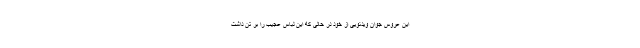
این عروس جوان ویدئویی از خود در حالی که این لباس عجیب را بر تن داشت